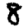
Digit: 8